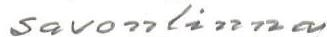
Savonlinna